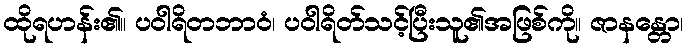
ထိုရဟန်း၏။ ပဝါရိတဘာဝံ၊ ပဝါရိတ်သင့်ပြီးသူ၏အဖြစ်ကို။ ဇာနန္တော၊